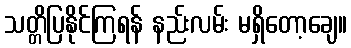
သတ္တိပြနိုင်ကြရန် နည်းလမ်း မရှိတော့ချေ။